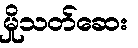
မှိုသတ်ဆေး